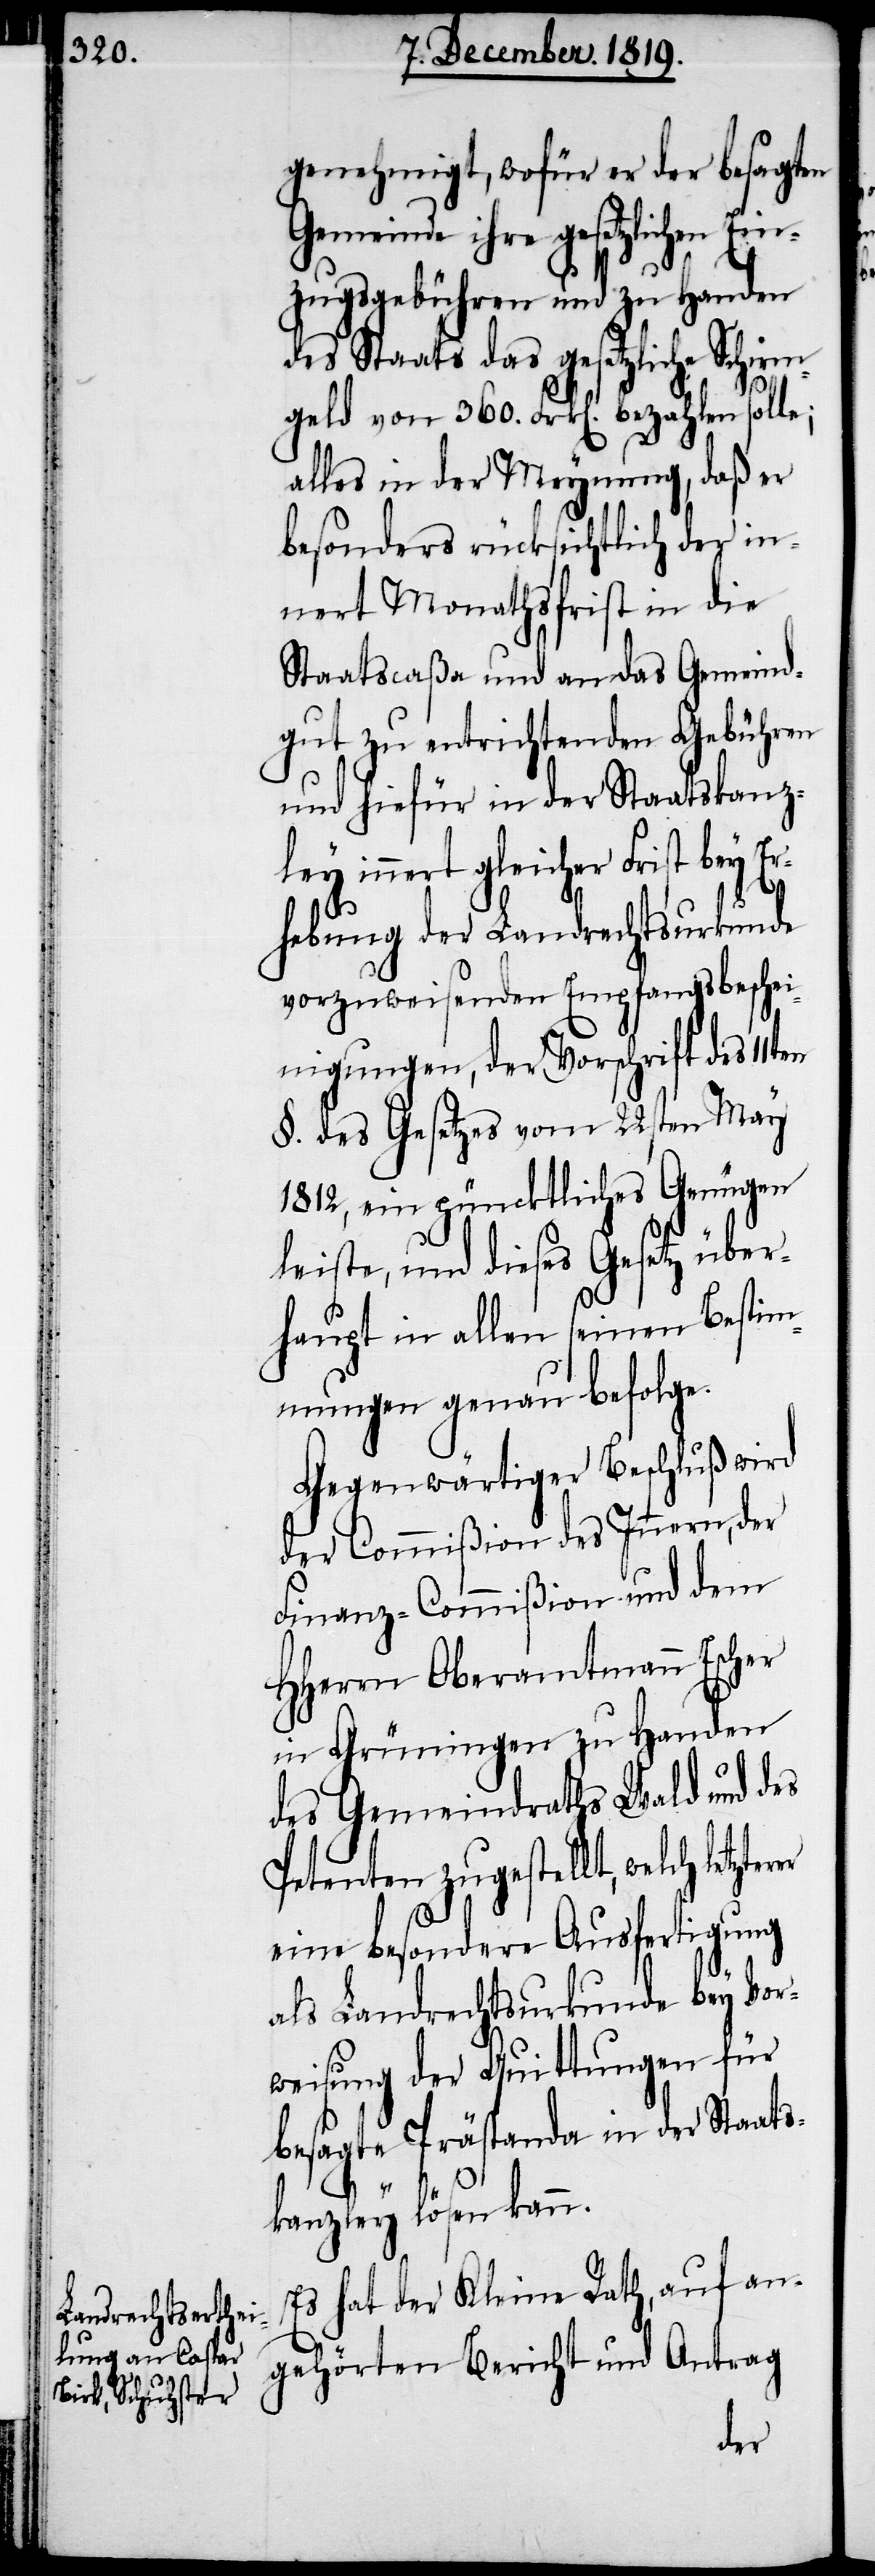
genehmigt, wofür er der besagten
Gemeinde ihre gesetzlichen Ei¬
nzugsgebühren und zu Handen
des Staats das gesetzliche Schirm¬
geld von 360. Frk[en]. bezahlen solle;
alles in der Meynung, daß er
besonders rücksichtlich der in¬
nert Monathsfrist in die
Staatscaßa und an das Gemeind¬
gut zu entrichtenden Gebühren
und hiefür in der Staatskanz¬
ley innert gleicher Frist bey Er¬
hebung der Landrechtsurkunde
vorzuweisenden Empfangsbeschei¬
nigungen, der Vorschrift des 11t¬
§. des Gesetzes vom 22sten May
1812, ein püncktliches [sic!]
leiste, und dieses Gesetz über¬
haupt in allen seinen Bestim¬
mungen genau befolge.
Gegenwärtiger Beschluß wird
der Commißion des Innern, der
Finanz-Commißion und dem
HHerrn Oberamtmann Escher
in Grüningen zu Handen
des Gemeindraths Wald und des
Petenten zugestellt, welch letz¬
eine besondere Ausfertigung
als Landrechtsurkunde bey Vor¬
weisung der Quittungen für
besagte Prästanda in der Staats¬
en
kanzley lösen kann.
Es hat der Kleine Rath, auf an¬
gehörten Bericht und Antrag
terer